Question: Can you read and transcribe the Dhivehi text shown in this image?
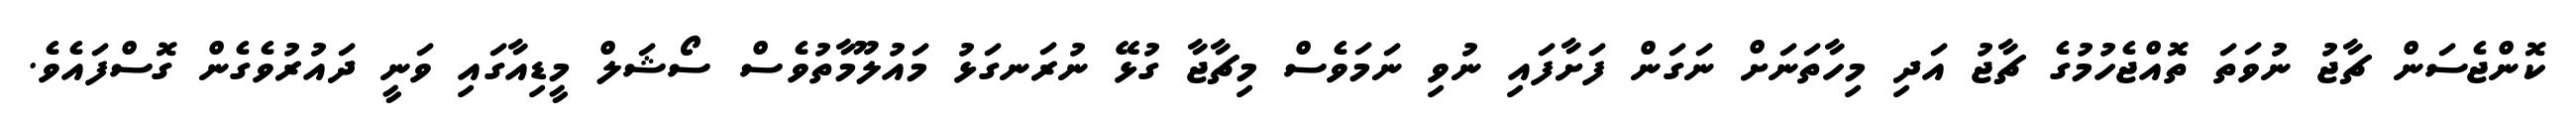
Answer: ކޮންޖެސަން ޗާޖު ނުވަތަ ތޮއްޖެހުމުގެ ޗާޖު އަދި މިހާތަނަށް ނަގަން ފަށާފައި ނުވި ނަމަވެސް މިޗާޖާ ގުޅޭ ނުރަނގަޅު މައުލޫމާތުވެސް ސޯޝަލް މީޑިއާގައި ވަނީ ދައުރުވެގެން ގޮސްފައެވެ.